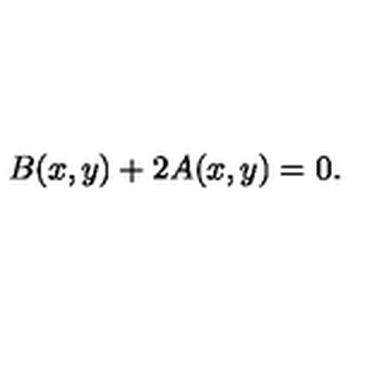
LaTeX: B ( x , y ) + 2 A ( x , y ) = 0 .